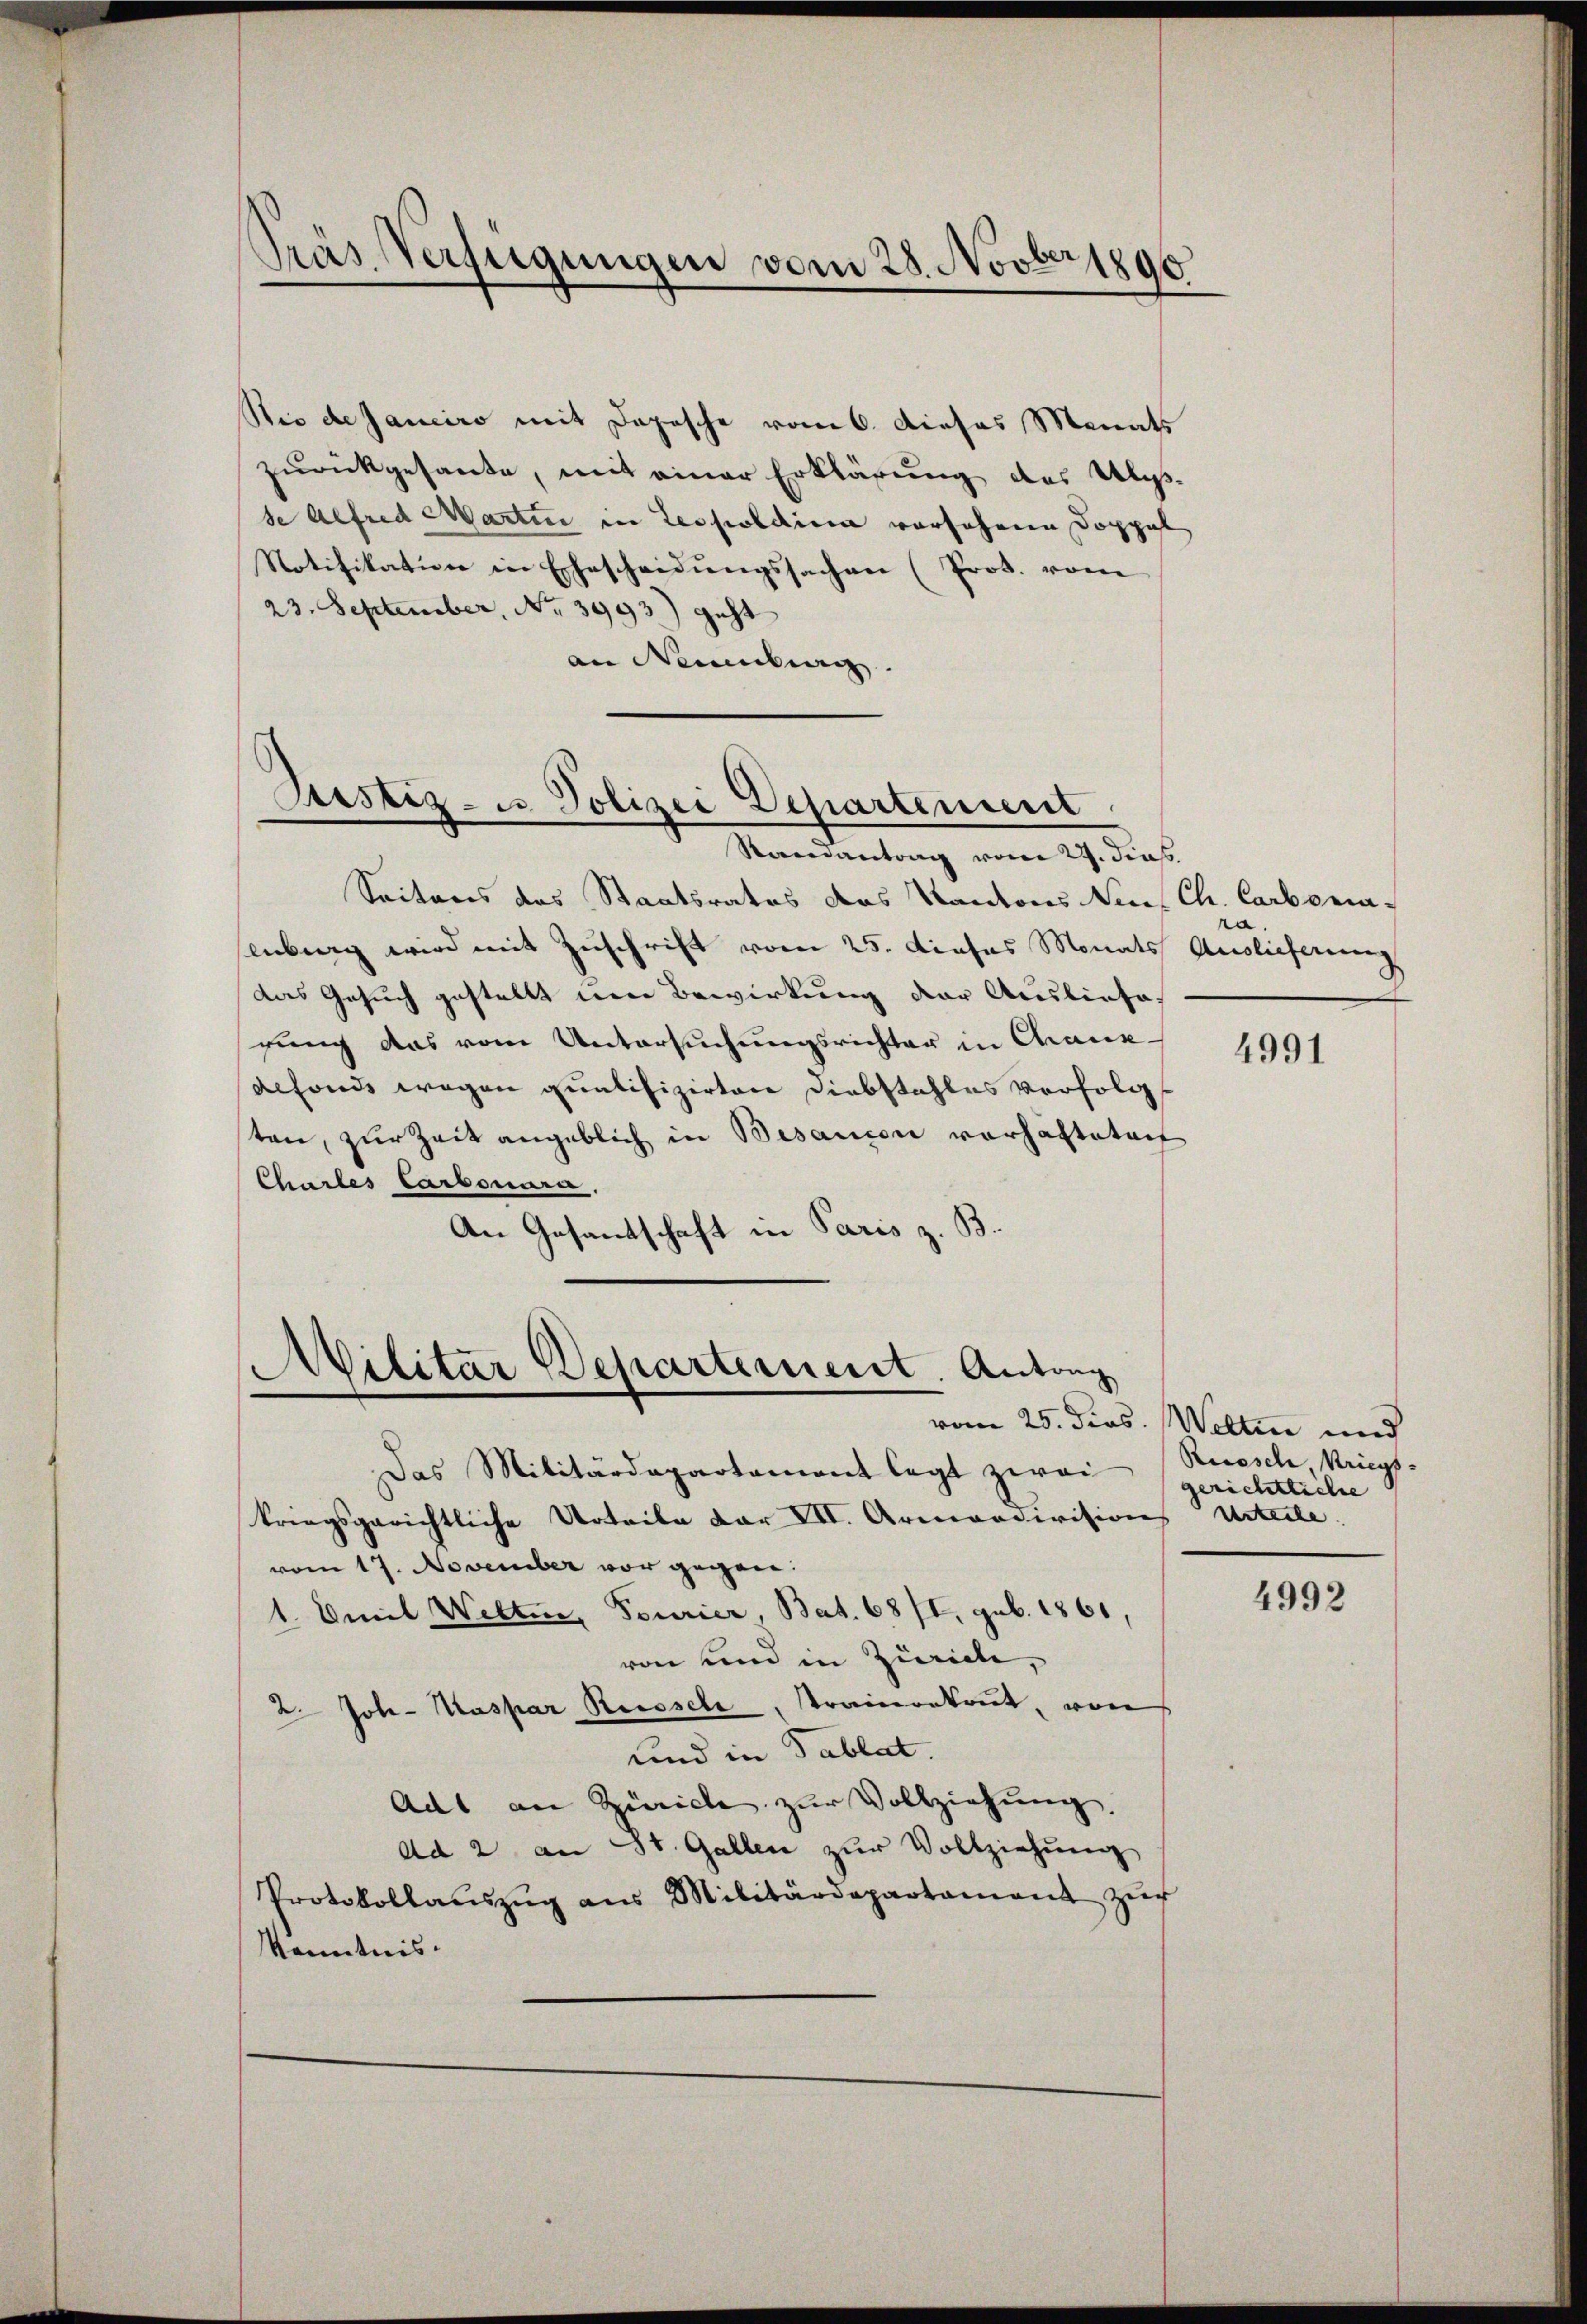
Präs. Verfügungen vom 28. Novber 1890

zurückgesante, mit einer Erklärung des Ulysse Alfred Martin in Leopoldin vorsehenen Doppel
Notifikation in Ehescheidungssachen (Prot. vom
23. September, No 3993) geht
an Neuenburg.

Nie de Janeiro mit Depesche vom 6. Dieses Monats

Justiz- u. Polizei Departement
Randantrag vom 27. dies

Seitens des Staatsrates das Kantons Neus Ch. Carbonaliberg wird mit Zuschrift vom 25. dieses Monats Auslieferung
das Gesuch gestellt um Bewirkung der Ausliefe,
rung das vom Untersuchungsrichter in Chaux-
defonds wegen qualifizirten Diebstahles verfolgt
sten, zur Zeit angeblich in Bisancen vorhalteten
Chartes Carbonara,
An Gesandtschaft in Paris z. B.

)
.
Militar Departement. Antrag

ra.

Das Militärdepartament legt zwei (Rüesch, Kriegs-
kriegsgerichtliche Urteile der VII. Armondivisions Urteile.
vom 17. November vor gegen
1. Emil Welten, Fourier, Bat. 68/I, geb. 1860,
von und in Zürich,
2. Joh. Kaspar Resssele, stramentrut, von
und in Tablat.
Adt an Ziville zŭr Vollziehŭng.
Ad 2 an St. Gallen zur Vollziehung
Protokollaŭszŭg ans Militärdepartament zŭr
Kenntnis.

4991

vom 25. Jos. Weltin und
gerichtliche

4992